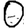
Digit: 0